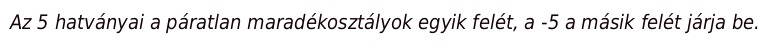
Az 5 hatványai a páratlan maradékosztályok egyik felét, a -5 a másik felét járja be.